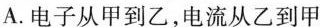
A.电子从甲到乙，电流从乙到甲